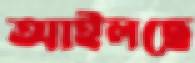
আইলছে